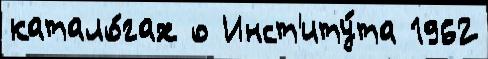
катало́гах о Инст'иту́та 1962